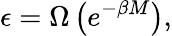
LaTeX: \epsilon=\Omega\left(e^{-\beta M}\right),